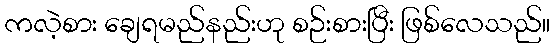
ကလဲ့စား ချေရမည်နည်းဟု စဉ်းစားပြီး ဖြစ်လေသည်။